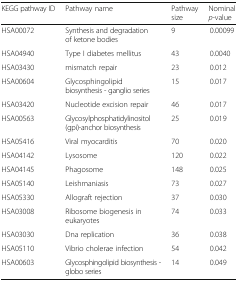
<table><thead><tr><td><b>KEGG pathway ID</b></td><td><b>Pathway name</b></td><td><b>Pathway size</b></td><td><b>Nominal <i>p</i>-value</b></td></tr></thead><tbody><tr><td>HSA00072</td><td>Synthesis and degradation of ketone bodies</td><td>9</td><td>0.00099</td></tr><tr><td>HSA04940</td><td>Type I diabetes mellitus</td><td>43</td><td>0.0040</td></tr><tr><td>HSA03430</td><td>mismatch repair</td><td>23</td><td>0.012</td></tr><tr><td>HSA00604</td><td>Glycosphingolipid biosynthesis - ganglio series</td><td>15</td><td>0.017</td></tr><tr><td>HSA03420</td><td>Nucleotide excision repair</td><td>46</td><td>0.017</td></tr><tr><td>HSA00563</td><td>Glycosylphosphatidylinositol (gpi)-anchor biosynthesis</td><td>25</td><td>0.019</td></tr><tr><td>HSA05416</td><td>Viral myocarditis</td><td>70</td><td>0.020</td></tr><tr><td>HSA04142</td><td>Lysosome</td><td>120</td><td>0.022</td></tr><tr><td>HSA04145</td><td>Phagosome</td><td>148</td><td>0.025</td></tr><tr><td>HSA05140</td><td>Leishmaniasis</td><td>73</td><td>0.027</td></tr><tr><td>HSA05330</td><td>Allograft rejection</td><td>37</td><td>0.030</td></tr><tr><td>HSA03008</td><td>Ribosome biogenesis in eukaryotes</td><td>74</td><td>0.033</td></tr><tr><td>HSA03030</td><td>Dna replication</td><td>36</td><td>0.038</td></tr><tr><td>HSA05110</td><td>Vibrio cholerae infection</td><td>54</td><td>0.042</td></tr><tr><td>HSA00603</td><td>Glycosphingolipid biosynthesis - globo series</td><td>14</td><td>0.049</td></tr></tbody></table>